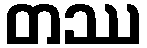
တဿ